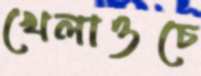
খেলাওচে